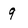
Character: 9